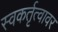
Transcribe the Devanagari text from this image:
स्वकर्तृत्वावर